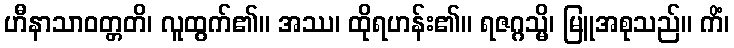
ဟီနာသာဝတ္တတိ၊ လူထွက်၏။ အဿ၊ ထိုရဟန်း၏။ ရဇဂ္ဂသ္မိ၊ မြူအစုသည်။ ကိံ၊